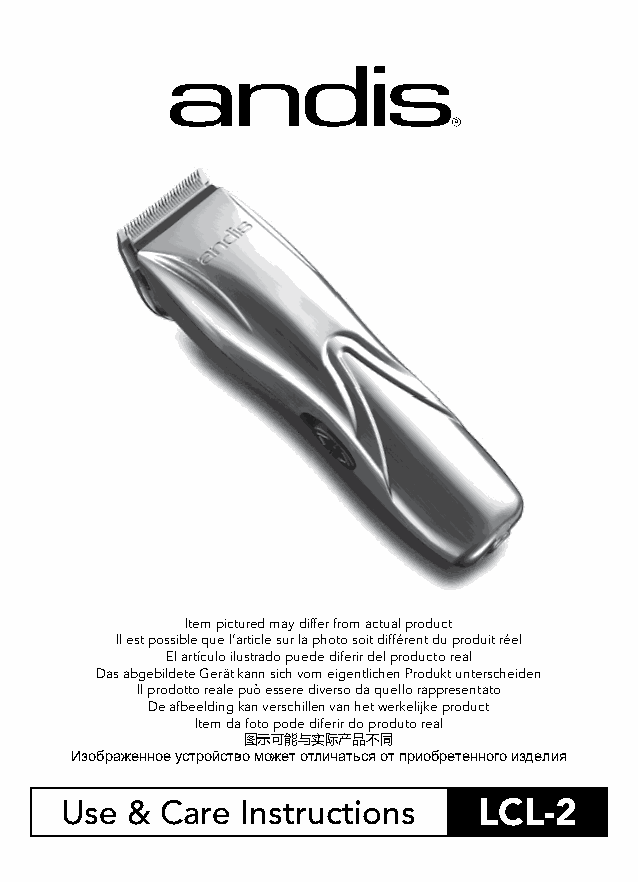
Item pictured may differ from actual product
 Il est possible que l’article sur la photo soit différent du produit réel
 El artículo ilustrado puede diferir del producto real
 Das abgebildete Gerät kann sich vom eigentlichen Produkt unterscheiden
 Il prodotto reale può essere diverso da quello rappresentato
 De afbeelding kan verschillen van het werkelijke product
 Item da foto pode diferir do produto real
 图示可能与实际产品不同
 Изображенное устройство может отличаться от приобретенного изделия
 Use &  Care Instructions    LCL-2